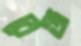
বেঞ্জ